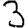
Digit: 3